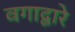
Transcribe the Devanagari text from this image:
वगाद्वारे